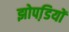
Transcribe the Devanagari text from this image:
झोपडि़यों